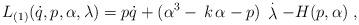
LaTeX: \begin{align*}L_{(1)}(\dot{q},p,\alpha ,\lambda )=p\dot{q}+(\alpha ^3-\,k\,\alpha -p)\,\stackrel{.}{\lambda }-H(p,\alpha )\;, \end{align*}